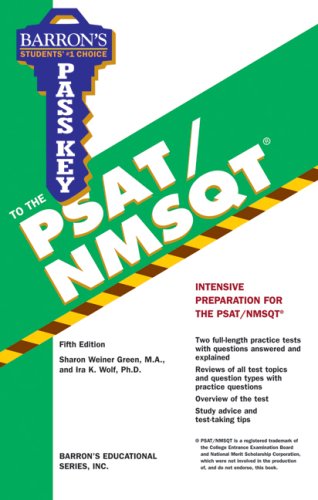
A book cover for Pass Key to the PSAT/NMSQT (Barron's Pass Key to the PSAT/NMSQT); Sharon Weiner Green  M.A.; Test Preparation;